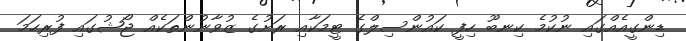
ޑިންގީއެއްގައި ނުކުމެ ކިނބޫ ހިފީ ކައުންސިލްގެ ޓީމަކާއި ރަށުގެ ޒުވާނުންތަކެއް ޖޯޝުގައި ފުރިހަމަ